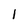
Character: 1